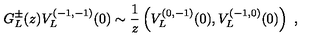
G _ { L } ^ { \pm } ( z ) V _ { L } ^ { ( - 1 , - 1 ) } ( 0 ) \sim { \frac { 1 } { z } } \left( V _ { L } ^ { ( 0 , - 1 ) } ( 0 ) , V _ { L } ^ { ( - 1 , 0 ) } ( 0 ) \right) \ ,